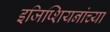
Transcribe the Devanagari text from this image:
इजिप्शियनांच्या